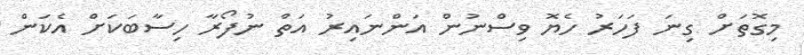
މިގޮތަށް ގިނަ ފަހަރު ހެޔޮ ވިސްނުން އަންނައިރު އަތް ނުފޯރާ ހިސާބަކަށް އެކަން